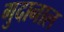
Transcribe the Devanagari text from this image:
गुदानाल